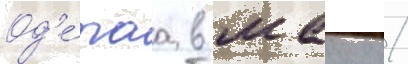
Од'е́таа в маику /